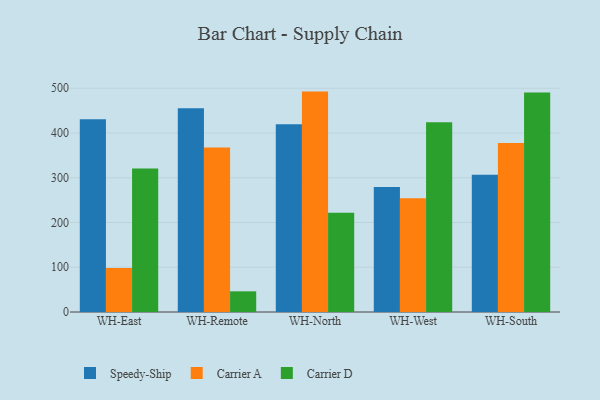
{"axis": {"x": "Warehouse", "y": "Conversion Rate (%)"}, "legend": ["Carrier A", "Carrier D", "Speedy-Ship"], "data": [{"x": "WH-East", "y": 430.8, "type": "Speedy-Ship"}, {"x": "WH-East", "y": 98.6, "type": "Carrier A"}, {"x": "WH-East", "y": 320.6, "type": "Carrier D"}, {"x": "WH-Remote", "y": 455.2, "type": "Speedy-Ship"}, {"x": "WH-Remote", "y": 367.5, "type": "Carrier A"}, {"x": "WH-Remote", "y": 46.2, "type": "Carrier D"}, {"x": "WH-North", "y": 419.4, "type": "Speedy-Ship"}, {"x": "WH-North", "y": 492.5, "type": "Carrier A"}, {"x": "WH-North", "y": 221.6, "type": "Carrier D"}, {"x": "WH-West", "y": 279.4, "type": "Speedy-Ship"}, {"x": "WH-West", "y": 254.3, "type": "Carrier A"}, {"x": "WH-West", "y": 423.9, "type": "Carrier D"}, {"x": "WH-South", "y": 306.9, "type": "Speedy-Ship"}, {"x": "WH-South", "y": 377.5, "type": "Carrier A"}, {"x": "WH-South", "y": 490.5, "type": "Carrier D"}]}